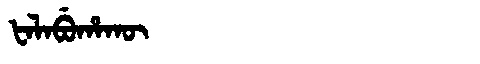
Manchu: ᡶᠠᠯᠠᠪᡠᡥᠠᡴᡡ
Romanization: FALABUHAKŪ